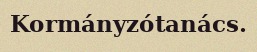
Kormányzótanács.